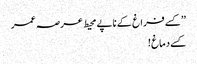
’’کسے فراغ کے ناپے محیط عرصہ عمر
کسے دماغ !